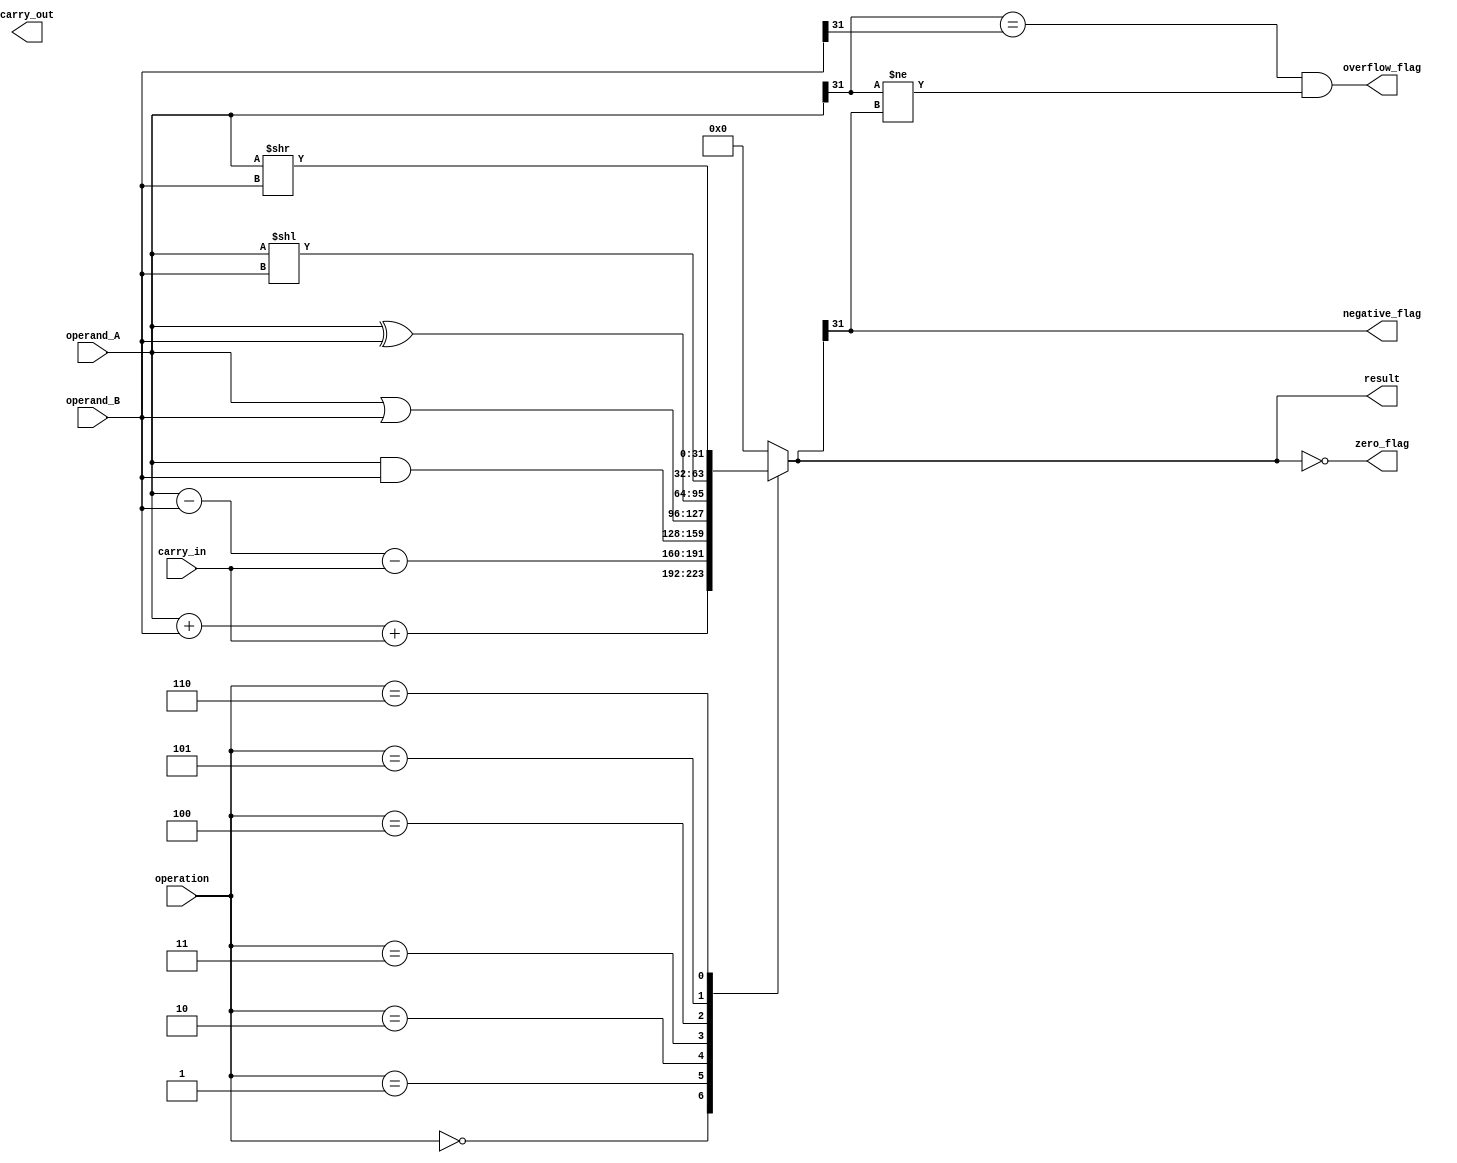
module ALU (
    input [31:0] operand_A,
    input [31:0] operand_B,
    input [2:0] operation,
    input carry_in,
    output [31:0] result,
    output zero_flag,
    output negative_flag,
    output overflow_flag,
    output carry_out
);

reg [31:0] temp_result;
reg zero_flag, negative_flag, overflow_flag, carry_out;

always @ (operand_A, operand_B, operation, carry_in) begin
    case(operation)
        3'b000: temp_result = operand_A + operand_B + carry_in;
        3'b001: temp_result = operand_A - operand_B - carry_in;
        3'b010: temp_result = operand_A & operand_B;
        3'b011: temp_result = operand_A | operand_B;
        3'b100: temp_result = operand_A ^ operand_B;
        3'b101: temp_result = operand_A << operand_B;
        3'b110: temp_result = operand_A >> operand_B;
        default: temp_result = 32'b0; // default to zero
    endcase

    zero_flag = (temp_result == 0);
    negative_flag = (temp_result[31] == 1);
    overflow_flag = ((operand_A[31] == operand_B[31]) && (operand_A[31] != temp_result[31]));
    carry_out = (temp_result[32] == 1);
end

assign result = temp_result;

endmodule